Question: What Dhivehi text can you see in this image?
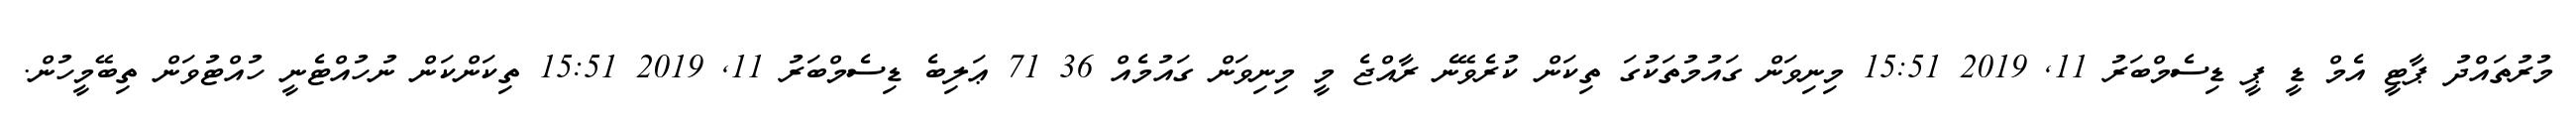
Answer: މުރުތައްދު ޕާޓީ އެމް ޑީ ޕީ ޑިސެމްބަރު 11, 2019 15:51 މިނިވަން ގައުމުތަކުގަ ތިކަން ކުރެވޭނެ ރާއްޖެ މީ މިނިވަން ގައުމެއް 36 71 ޢަލިބެ ޑިސެމްބަރު 11, 2019 15:51 ތިކަންކަން ނުހުއްޓެނީ ހުއްޓުވަން ތިބޭމީހުން.